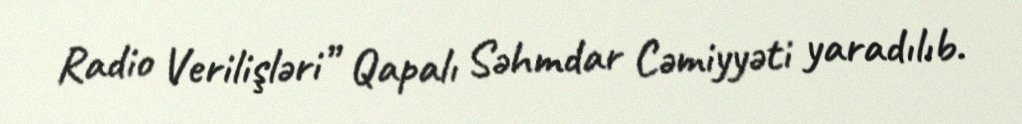
Radio Verilişləri” Qapalı Səhmdar Cəmiyyəti yaradılıb.